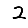
Digit: 2